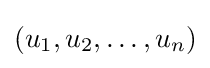
(u_{1},u_{2},\ldots ,u_{n})